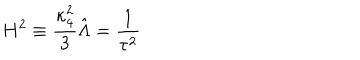
H ^ { 2 } \equiv \frac { \kappa _ { 4 } ^ { 2 } } { 3 } \hat { \Lambda } = \frac { 1 } { \tau ^ { 2 } }